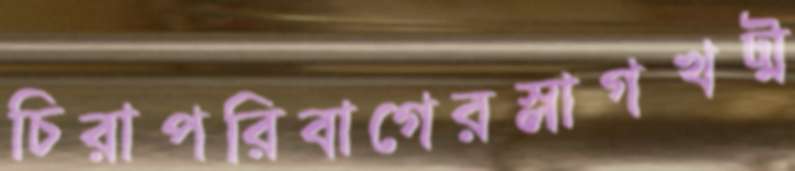
চিরাপরিবাগেরস্লাগখট্‌ম